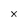
Character: X